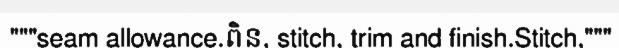
"""seam allowance.ពិន, stitch, trim and finish.Stitch,"""